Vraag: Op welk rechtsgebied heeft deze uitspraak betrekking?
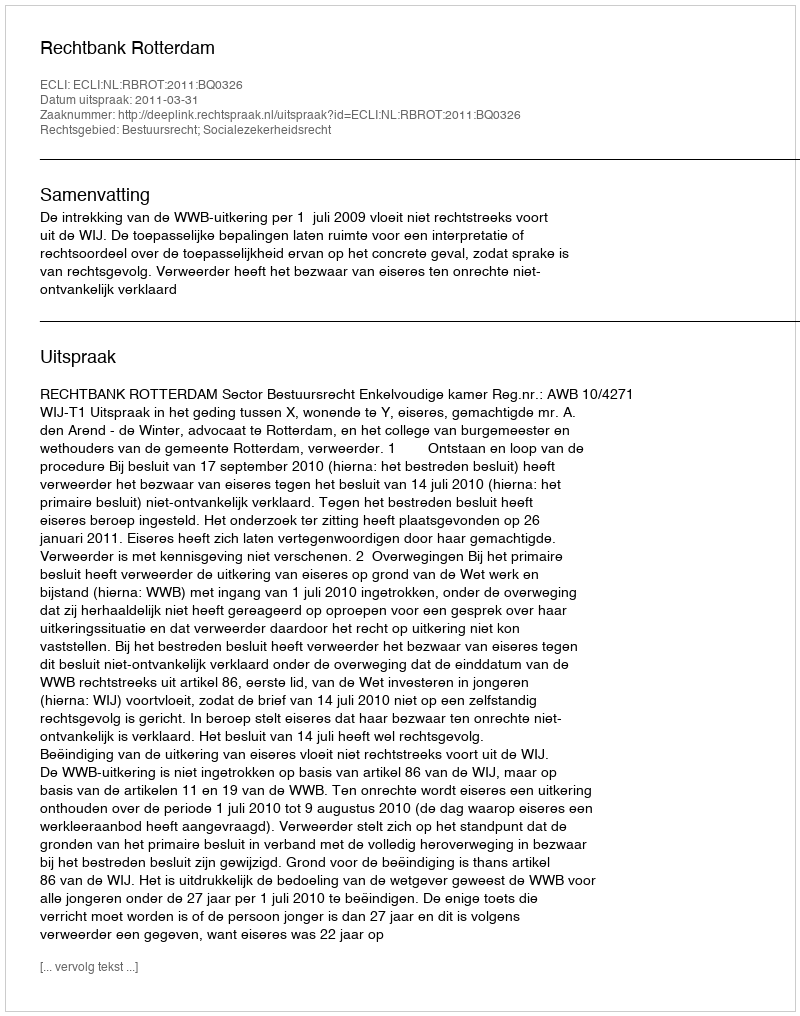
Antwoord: Bestuursrecht; Socialezekerheidsrecht